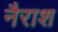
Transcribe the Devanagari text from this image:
नैराश